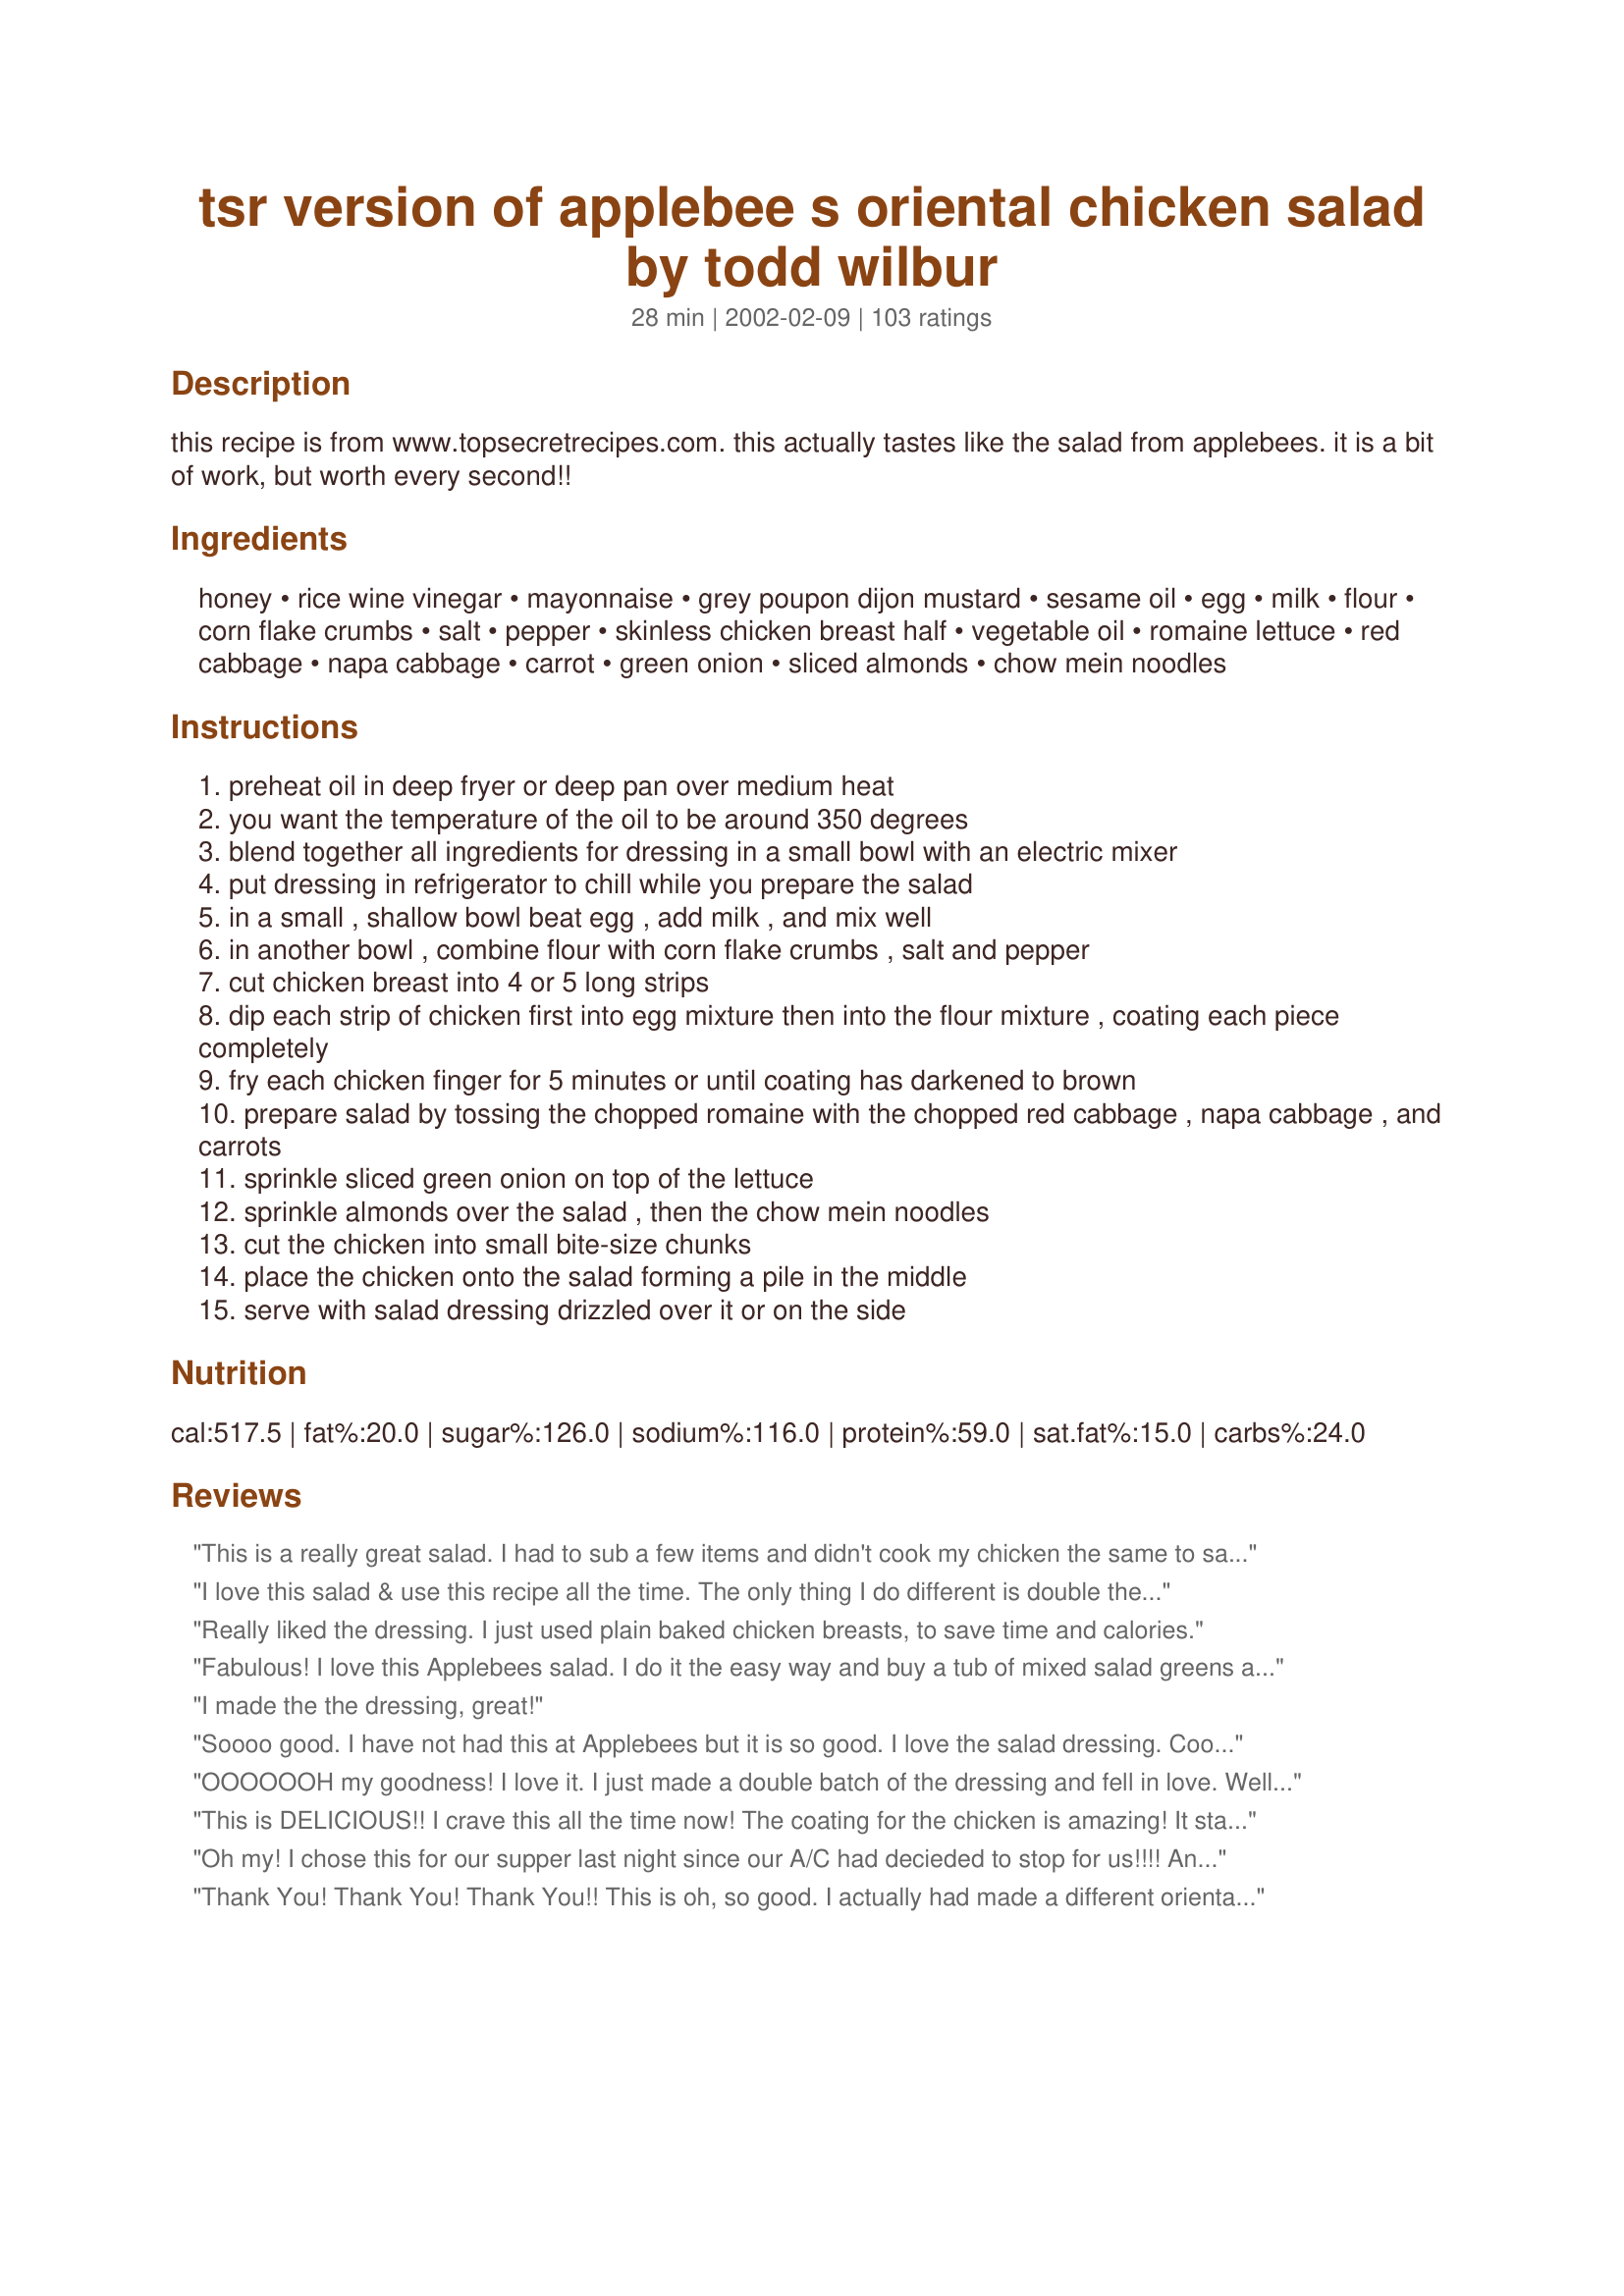
tsr version of applebee s oriental chicken salad by todd wilbur
Preparation time: 28 minutes

this recipe is from www.topsecretrecipes.com. this actually tastes like the salad from applebees. it is a bit of work, but worth every second!!

Ingredients:
honey, rice wine vinegar, mayonnaise, grey poupon dijon mustard, sesame oil, egg, milk, flour, corn flake crumbs, salt, pepper, skinless chicken breast half, vegetable oil, romaine lettuce, red cabbage, napa cabbage, carrot, green onion, sliced almonds, chow mein noodles

Steps:
preheat oil in deep fryer or deep pan over medium heat
you want the temperature of the oil to be around 350 degrees
blend together all ingredients for dressing in a small bowl with an electric mixer
put dressing in refrigerator to chill while you prepare the salad
in a small , shallow bowl beat egg , add milk , and mix well
in another bowl , combine flour with corn flake crumbs , salt and pepper
cut chicken breast into 4 or 5 long strips
dip each strip of chicken first into egg mixture then into the flour mixture , coating each piece completely
fry each chicken finger for 5 minutes or until coating has darkened to brown
prepare salad by tossing the chopped romaine with the chopped red cabbage , napa cabbage , and carrots
sprinkle sliced green onion on top of the lettuce
sprinkle almonds over the salad , then the chow mein noodles
cut the chicken into small bite-size chunks
place the chicken onto the salad forming a pile in the middle
serve with salad dressing drizzled over it or on the side

Reviews:
This is a really great salad. I had to sub a few items and didn't cook my chicken the same to save on a few calories, but still very good. Will definitely make this often. Thanks for posting!
I love this salad & use this recipe all the time. The only thing I do different is double the mayo and also, if I can still taste the vinegar, add a touch more honey.
Really liked the dressing. I just used plain baked chicken breasts, to save time and calories.
Fabulous! I love this Applebees salad. I do it the easy way and buy a tub of mixed salad greens and also use pre-cooked chicken from the grocery store. I like rice noodles better than chow mein noodles because I think they have a better texture. They are usually sold right next to the chow mein noodles in the grocery.
I made the the dressing, great!
Soooo good. I have not had this at Applebees but it is so good. I love the salad dressing. Cooked this for supper and my 3 year old and 5 year old ate it up. For those of you who have gluten allergies, I actually made my on chow mein noodles by boling gf noodles then frying them. I will make again.
OOOOOOH my goodness! I love it. I just made a double batch of the dressing and fell in love. Well, Applebee's now I don't have to pay $9.95 any more. Thanks Garybert for this awesome recipe. The only thing I had to change is to use grilled chicken to cut down on calories and fat.....otherwise I am happy!!!!
This is DELICIOUS!! I crave this all the time now! The coating for the chicken is amazing! It stays so crunchy. The recipe is worth 5 stars just on that coating. You can use the coating on so many things, and for the chicken in any recipe or alone! We even used it on fish recently, and it was great! The salad dressing is also so yummy! We have to double or triple it to have enough for our family. Thank you for sharing this recipe. We will use it often!
Oh my! I chose this for our supper last night since our A/C had decieded to stop for us!!!! Anyway I wanted a salad of some sort as its cooler to make and quick to put together. I took the cast iron skillet out to the grill to fry the chicken and it work like a charm. I assembled the salad and it tasted soooooo good. The only thing I didn't have was the romaine lettuce so I had to sub in iceberg, but the napa and red cabbage still gave it that nice crunch that comes from the romaine. Thank you so much for sharing this with us. We loved it.
Thank You! Thank You! Thank You!!
This is oh, so good. I actually had made a different oriental dressing and it was so awful that I was looking for another recipe to fix it with. So good! Thanks again.
This is my favorite salad at applebees, thanks so much for posting it. I can't wait for lunch tomarro for leftovers.
This recipe is awesome. Very close to Applebees. I had no rice wine vinegar on hand so I used red wine vinegar and was still really good. Even the kids liked it.
Become a CHEAT and use deli fried chicken strips! I take it to all pot lucks. I never bring home left-overs.
We like this recipe BETTER than Applebees! If you are in a hurry, try using cut-up chicken tenders from your grocer's deli and packaged cole slaw mix from the produce dept. Or, hit KFC drive thru and pick up some popcorn chicken to throw on top. Mmmmmm!
I'm only reviewing the dressing and it's soooo yummy! Thanks for sharing!
This is delicious. Even my boyfriend loved it. I used Soy-Vay Chinese chicken salad dressing instead of preparing my own, to save time, and used chicken breast tenderloins (strips) instead of breast halves. I make some version of this several times a week now, and I never get tired of it.
If you don't want to hassle making the dressing try Henri's Tas- tee dressing on it instead.
Excellent recipe! The 5 stars were for the salad and especially the dressing, which tasted just like Applebee's! Oriental Chicken Salad is my favorite dish there. YUM! The only change I made to the dressing was to add 1/2 teaspoon of chicken bouillon granules, which added another flavor dimension. 

I'm not rating the chicken, because I used my regular method for breading and frying the chicken strips.

I tripled the recipe and served this as a luncheon for 6 women, and not one bite was left. We could have used a little more dressing, so next time I will triple the recipe for 6 people.

Thanks for a great recipe I will be using often....maybe even as a dip for chicken fingers appetizers!
This was really good! I double the recipe for dressing because honey and I like enough to cover our salad. It is a little bit of work, but I think it was worth it. Thanks for a great recipe. I will make this again.
I have to have this when ever we go to Applebee's so when I found this recipe a few years ago I was so excited. Have made it several times and it is really worth the effort to make. Wonderful!
Absolutely wonderful! This is my favorite salad and I had been searching for the recipe, Thank you!
An excellent salad that my family & I loved!! I only made one change though since we don't carry rice wine vinegar here, I used half red wine and half apple cider vinegar. I also added a pinch of salt to the dressing. A very well deserved 5 stars. Thank you for a great salad recipe! :)
This was really good and very similar to the Applebee's version. I wish I knew what dipping sauce Applebee's used. I tried teriyaki and it was too strong.
OK, I cheated. For ease, I used bagged salad, and diced Foster Farms frozen chicken patties (from Costco). I also substitute the rice wine vinegar with white vinegar after diluting it a bit. I like to pan-fry crushed ramen noodles (Top Ramen) in about 1 1/2 tbsp of oil until browned... and then I throw in some slivered almonds and toast them also to bring out their natural flavor. Be careful to not burn the almonds though! Yum!
We ate at applebees just last week. They must be cutting back like everyone else,because thier salad did not have any cabbage in it or green onions..I made this recipe but made a few changes. Used white vinegar,1tblsp dijon,4tsp mayo,added other ingred for dressing...The salad, I bought a bag of dole field greens,omitting the cabbage an onion .Also cut breast in half lengthwise as they did..Just like applebees....
We enjoyed this. The dressing I thought was not exactly the same but pretty darn close! I also used plain chicken instead of breading/frying it and it still tasted great. Quick easy meal and a good way to use up a partial bag of coleslaw mix! Thanks for posting!
I am an Applebee's addict and this recipe is incredible! I use a bit less honey so it doesn't overwhelm the Asian flavor but I did everything else in the sauce exact. Do not worry about the vinegar being too strong as you don't really taste it, but it adds depth to the flavor. Oh and my family can't get enough of the dressing so I always double it!

When I ordered this in the restaurant I preferred my chicken grilled and so that is the way I make it, it's healthier of course but I honestly prefer the flavor! The other thing that is fun is to roll the salad up complete in flour tortillas... in some restaurants this is standard, just depends on where you go, lol. Hubby is a 'steak and potatoes' type guy and he LOVED it... so did my 10 year old. This will be a fun one to make for company!
fantastic salad, I used bbq chicken, the rest was great and especially the dressing
I cheated completely and bought the prepared popcorn chicken and the bagged coleslaw mix. This came together super fast and easy that way and tasted just like it does at Applebee's. Thank you so much!
The dressing was exactly what I was looking for. This is one of our favorite salads to order and now I can make it at home.
This really is just like Applebee's! and since I really like their Oriental Chicken wraps (which is a take-off of the salad) I decided to try it as a wrap, with teriyaki sauce for dipping - it's great, too! Even my husband liked it, and he's usually a meat-and- taters kind of guy. Great recipe!
I'm putting together this salad later today but just made the dressing. All I can say is WOW! So great! Tastes EXACTLY like the dressing they use on it at Applebee's.
The dressing is what makes Applebee's Oriental Chicken Salad so delicious. I've ordered this salad many, many times over the years, so believe me when I say that this dressing recipe is DEAD ON the same as Applebee's. I've been searching for this recipe for over 10 years, and I've tried several other recipes, only to be disappointed that they didn't taste like Applebee's. I'm thrilled that I finally found the perfect recipe!! Thank you so much! I just made a large batch (I quadrupled the recipe) to keep on hand. It won't last long! I'd give this recipe 10 stars if I could.
My daughter loves the Applebee&#039;s Oriental Chicken Salad and has been begging me to reproduce it. I made this and she loved loved loved it. She has eaten three times in a row now. I did not deep fry the chicken. I put a little oil in the skillet and browned on both sides. I will for make this again.
My 13 yr old requested this..and the whole Family loves it ! Taste just like Applebee's...yummy and good the second day as well !
This is the very best. I have made if for the teas I have with my sisters. We all love it.
An amazing dressing! Although I did cut down a little on the mayo and honey, added some extra virgin olive oil and some lemon juice.

For the chicken instead of frying used a piece of brined chicken breast, pounded it thin then crumbed and oven baked it to save on the oil. Definitely will make this again and again!
This should be rated 10 stars.... we loved it... my better half ordered this salad at Applebees and loved it, but it made his sugar soar as he is a diabetic...I made it with sugar free honey and low fat mayo and it was perfect... he was one happy man...
 This recipe is so good. I love the chicken wraps at Applebees! Since I found this recipe I've been making them at home. Thanks for sharing!
Easy and delicious. If I'm in a hurry, chicken tenders work just fine. Much less "Carside Carryout" since I've been making this! Thanks for posting this awesome recipe.
Delish! Used the shortcut of bagged coleslaw and salad, then added the rest. It's the dressing that makes it! also, we just grilled the chicken. Still it was super and we will be eating this often!
I have made this salad many times. We don't have Applebees in Australia so I don't know if its like its namesake but it has become my familys favourite chicken salad. The dressing is to die for and I love the added crunch of the noodles and almonds. It is a little time consuming to make but well worth the effort.
I just tried this recipe last night. I love it!! It is very close to Applebee's. I used the suggestion and made the salad with a bag of coleslaw. This was great! Thank you!
OH my! I'm eating this salad as I type, and it's great. I live in MX, and they just opened an Applebee's in my city. I ordered the Oriental Salad, and it WAS NOT the same. They should be ashamed! I'm glad I tried your recipe. I did change a couple of things. I used the Japanese bread crumbs to bread. And, I couldn't find the chow mein noodles. No problem though, I substituded other oriental noodles. It's definately the dressing that makes this salad so much like the 'real thing'.
This has got to be the BEST salad I have ever had. WoW! I did change one thing though and that was, I used 1 tsp of seasoned rice vinegar instead of 1 1/2 Tbs. I am not a vinegar person is why I cut it down. The coating for the chicken was EXCELLENT! I will be coating my chicken this way from now on. I had a cucumber that I needed used so I added some to my salad. It was just pure DELICIOUS! This is a keeper for sure! Thanks so much for sharing a Fantastic recipe!!
I've used this recipe from that same web site and this is THE BEST salad recipe. It tastes just like AppleBee's Oriental Chicken Salad use to taste a few years ago. I have also baked the chicken with the coating as well. It's not quite as good but almost. WHen I baked I put on a cookie sheet and "painted" on some more of the egg milk mixture to soak into the flour/cornflake mixture.

Although the recipe says it serves two, It can serve up to four if you have other items in your meal. 


I made this today for a light dinner, due to lack of time. This was absolutely delicious!! I made a slight change, I used a mix of greens. I made the dressing and I enjoyed the sweet n tangy taste it created. I also Made another dressing that went very well with this salad. I will make again many times to come. Thank you for posting the recipe.
I used a spring salad mix, chicken and crispy chow mein noodles. Yummy and easy, THANKS!
Made this as the salad for a party and it disappeared. The only thing I did different was to add mandarin oranges for color and it gives a nice flavor. Yummmm!
I truly enjoy Applebee&#039;s Oriental Chicken Salad and this recipe is spot on! The amount of chicken listed is confusing. I used one chicken breast per person since I was making four salads. The breading ingredients didn&#039;t need to be doubled. Love it.
This is what I order 90% of the time at Applebee's and I have always wanted a recipe to make this at home. It is fantastic! I used panko bread crumbs on the chicken because that's what I had. My dressing also had a bit too much dijon flavor, but I will just cut back next time. Thanks so much for this recipe!
This salad is very good. I didn't have corn flakes so I used corn Chex cereal instead. Even my picky eaters liked this! Thanks for sharing.
I love this recipe!! It's one of my favorites!! I cheat, though, and use premade breaded chicken patties and cut them up.
Absolutely IDENTICAL to Applebee's. Thanks, you've just saved me a ton of money, as that's the only thing I ever order when I go there. The chicken was perfect, the dressing was OUTSTANDING, the mixture of greens and "goodies" were right on. I made these into wraps fro my husband and I, and made extra chicken for the kids for chicken fingers. Everyone was happy and I have one portion left for lunch today! Hooray! I'll definately be making these again.
God bless you, Graybert, for submitting this recipe. It was just what I was looking for. I ordered Applebee's Oriental Chicken Salad in KY last Friday for the first time, and it was love at first bite! (Pardon the pun.) "I must make this salad when we get home," I told my husband, but the problem was finding a recipe that approximated Applebee's Salad, and yours does. I doubled the dressing, also, so there is some left for the next time--which I guarantee will be soon. The only change I made, was how I prepared the chicken breasts. I used Recipe #226050, SautÃ©ed Chicken Breast for Salads, as I didn't want to fry the chicken in a batter. This is the perfect meal for hot weather! Thanks again. Joje
I have never eaten the Applebee's salad but this one is very good. I use grilled chicken rather than corn flaked which cuts down on the fat and sodium. I think you could save somemore fat with out altering the flavor by using low or no fat mayo in the dressing.
Sorry, Chef-
It is very close!!!!!!!! I made it last night, and it was fantastic! Loved it!
WOW! This salad was fabulous!!! I especially liked the dressing. So simple to put together and tasted like restaurant honey-mustard dressing! Instead of purchasing red cabbage and napa cabbage, I purchased a bag of coleslaw mix (shredded cabage and carrots) and added this to the romaine lettuce. A little faster for us and less waste. Thanks for a great recipe!
Made this for lunch today and it was great! Tastes just like Applebees. Followed the recipe exactly, except for using regular mustard (couldn't find my Dijon) -- only used a squirt of the regular tho and added a little more sesame oil. Thanks for a great recipe, can't wait for the leftovers at lunch tomorrow!
This was excellent. The dressing did taste just like Applebee's! I didn't deep fry the chicken, just put a little bit of oil in a pan and let the strips cook away. The only other change I made was instead of chow mein noodles I broke up and browned 2 packs of ramen noodles, as I'm probably the only person in the world who doesn't like the canned chow mein noodles! Thanks for posting and I will definitely make this again!
Very easy to make and it tasted just like the restaruants..... great way to leftover chicken !
I'm only rating the dressing for this Oriental Chicken Salad. Absolutely wonderful. Loved the flavor and thank you for not over-doing the sesame oil. For the chicken I used recipe #542. I'll be using this dressing a lot in the future. thanks Graybert.
Too sweet for my taste but it is still a pretty good recipe.
Absolutely delicious! The dressing is out of this world, and the whole dish is easy to prepare. I used Morningstar Farms fake chicken nuggets on top instead of the chicken called for in the recipe, with great results. Thank you for posting this wonderful recipe!
This is the best salad I have ever made at home. The taste is amazing...all the ingredients just go together so well. There are bursts of flavor in your mouth with every bite. And the dressing is just ties it all together. As a shortcut, I used Dole coleslaw mix in place of the cabbage and carrots. I also use chicken tenders that I dip in an egg, soy sauce, and buttermilk mixture. Then I double batter it with seasoned flour before frying.
This is an awesome salad and so glad I can make it at home now.
Excellent! I added more honey and sesame oil, and used light mayo... it tastes great!
When I order this at Applebees, I order grilled chicken so that's what I did with this recipe and it is a lot less work. I also use imitation honey in the dressing to make it more diabetic friendly for my family members with diabetes.
We ate at Applebee's on Friday night and actually had this salad. Then we made this recipe on Saturday as a side salad and left off the chicken. It was very good, but did taste a little different than Applebees. Maybe too much mustard.... I'm not sure. Next time, I think I'll go lighter on it and try the chicken too.
We enjoyed this salad but to me it needed something else. It was a little bland. I really liked the chicken however. I used a slighly sweetened corn flake so it was was like a honey crispy chicken. it was really good. the salad will work on.
Yummy! I've never had the one at Applebee's, but this salad was awesome! I didn't have any sesame oil, but the dressing was great even without it...my husband, who usually hates sweet dressings, really liked it! We will definitely be making this again!
Not exactly the same as Applebees, but very close. I know I won't go out to eat this wonderful treat. This salad is not hard at all to make. Thank you so much.
It tast's just like it, now I never have to go to Applebee's!
this salad is terrific!!!!!!!!!!! :) suggested having it for sunday lunch after church at my moms....and everyone there had a fit over it....my brother said he didnt know you could eat too much salad...lol....this salad is a hit all the way!!!!!!
I made the dressing only and used one of those cooked rotisserie chickens. I added 2 onions and 2 carrots [finely choppped/shredded]. Delicious. Added some hot sauce too!
This is EXCELLENT! One of my favorite meals at Applebees and it passes my taste test! Thanks for sharing this wonderful recipe.
I followed the recipe exactly, except I substituted light mayo. The dressing was a bit thinner, but I liked the fact it coated the salad better.
This salad is delicious. It does take a little while to prepare, but well worth the effort. I always add a little bit more sesame oil. Try this one!!!
This dressing is incredible! It is so close to the Applebee's recipe. I triple the recipe as there is never enough dressing. ;) The recipe calls for 1 1/2 TBLS. rice wine vinegar; however, I only use 1 TBLS. so it is a tad less tart.

Don't stone me for this next tip:
I have made this salad 4 times now, and 2 of the times I used frozen chicken strips that were purchased at the store. The dressing is that spectacular. Though the chicken obviously is not as good, it was satisfying just the same. I have had so many compliments and requests for the dressing recipe. Thanks!
It was that good. Yesterday...my secretary came to me to ask what I wanted to order from Applebee's for lunch. I passed....because I had packed this for lunch. I used Schwann's popcorn chicken....because I am busy. The combo is still outrageous! YUMMY! When I pack it for the hubby...I put it in a tortilla wrap. He prefers it that way...but eats it regardless.
SO YUMMY!!! As a quick variation, I use a bag of garden salad (that has red cabbage and carrots). I also substitute the chicken with all white meat chicken nuggets and cut them into fourths. The kids love it too!
LOVED this! I made it with Grilled Chicken, and it was so quick. A wonderful dinner. I did triple the recipe so i could have this for lunch too.
I love this salad. It's all I ever order from Applebee's. For the dressing I use less Honey and subsitute a little Splenda to reduce carbs. I also double the recipe so I don't have to make it so often. I think it's a great! Thanks!
Fantastic salad and dressing. Definitely reminds me of Applebee's. I used apple cider vinegar and olive oil in the dressing because that's what I had. Tasted fine. I didn't have almonds and tried some chopped walnuts but would definitely go with almonds next time. The fried chicken tastes great but I will probably grill next time to save on fat and calories. Thanks for a great, filling, and tasty salad recipe.
I've never tried the Applebee's Salad but this was really good! I didn't have corn Flakes so I sub'd corn Chex. I will be making this salad again for sure. Thanks for the post!
This recipe was created by Todd Wilbur from his book "Top Secret Restaurant Recipes" (Penguin /Putnam 1997)
I cannot compare this to the actual Applebees salad as I have never tasted it but this recipe is fantastic. I used leftover chicken and as I had no cabbage or carrots on hand, I left them out. I made the dressing exactly as written. It was very easy to prepare. Thanks for a great recipe.
Fabulous! Sometimes I just make this salad without the chicken to save a ton of time. The dressing is lick your plate good.
sorry i didn't rate this before...have made it a few times...very good..close to the AB's....tyfs
This is very close and very tasty. I made a few adjustments and came with what I thought was closer for my own taste buds. I used 4 1/2 tablespoons honey, 2 1/2 tablespoons rice vinegar, 1/3 cup mayo, and 1/4 teaspoon sesame oil. Thanks for posting!
I really liked this. The dressing was good but my husband would have preferred another. I would definitely make this again.
The dressing is wonderful and exactly like Applebees. Very good.
I prepared this salad last night for today's lunch. It turned out great! I loved the dressing and would never dream of leaving the mustard out, but to each his or her own. The chicken coating was really good. I think I will use it to make chicken nuggets for the kids in the future. There was plenty of the egg-milk and cornflake mixes left, so I actually could have coated a whole other chicken breast. I think 1/4 cup of flour, 1/4 cup of cornflakes, and 1/2 tsp. of salt would have been just enough, along with a less milk mixed with the egg. Thanks for posting this wonderful recipe!
Do you use toasted sesame oil or just plain? Thanks
Sorry, but this is not even close. I bought the salad at Applebee's and brought home the leftover dressing and not even the color is the same. Too much honey and not sure what else is missing, possibly sugar and maybe use Miracle Whip instead of mayo. Applebee's Oriental Dressing is a very pale yellow and much sweeter. This is more golden and a much stronger honey flavor. I didn't make the salad part, but that's not where the difficulty lies in comparison.
This rating is just for the dressing - to me, it didn't taste much like the one at Applebees, but it was delicious all the same. Thanks!
Easy to make and tastes just like Applebee's. I left the mustard out of the dressing, due to one reviewer, and also I'm not a mustard fan, and still thought it tasted exactly like Applebee's dressing. Great tasting and filling dinner salad. I love this,thank you so much for posting.
YUMMY!!!! Followed directions excepted "fried" the chicken in pan with minimal oil. Thanks for posting! Good Stuff!
The dressing is spot on the salad from Applebee's!
Perfect!!! Tastes just like the real thang!!
Love it!
I came across this recipe about a year ago and am now asked to bring this salad to every barbeque or potluck we go to. I make it so often I could probably do it in my sleep! Thanks for posting this, it gives the term 'keeper' a whole new meaning!
Tried this last night and fell in love with it. Such a surprise!
This is EXACTLY like the dressing from Applebee&#039;s! So happy I can make it at home now!
